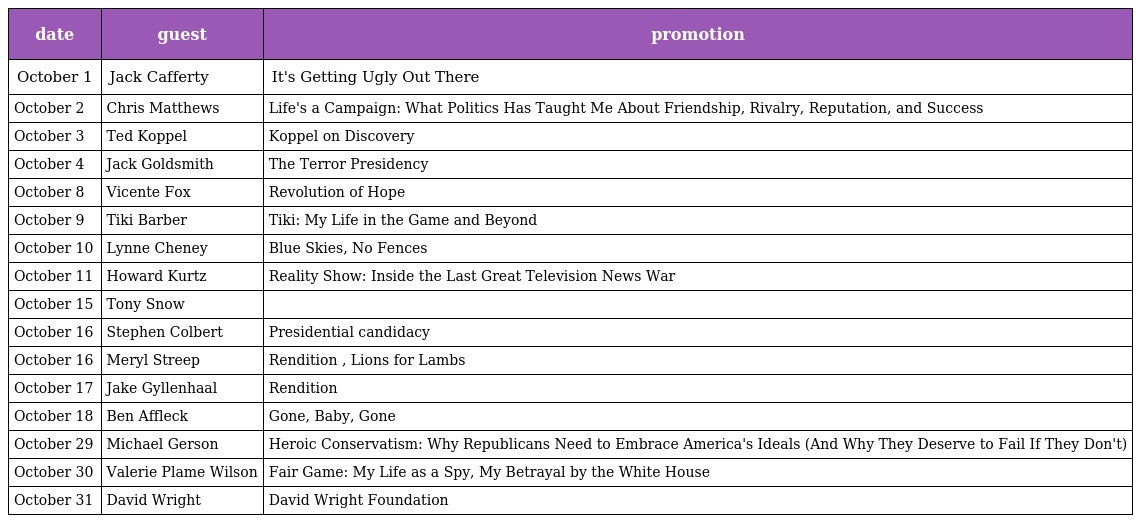
| date | guest | promotion |
 | --- | --- | --- |
 | October 1 | Jack Cafferty | It's Getting Ugly Out There |
 | October 2 | Chris Matthews | Life's a Campaign: What Politics Has Taught Me About Friendship, Rivalry, Reputation, and Success |
 | October 3 | Ted Koppel | Koppel on Discovery |
 | October 4 | Jack Goldsmith | The Terror Presidency |
 | October 8 | Vicente Fox | Revolution of Hope |
 | October 9 | Tiki Barber | Tiki: My Life in the Game and Beyond |
 | October 10 | Lynne Cheney | Blue Skies, No Fences |
 | October 11 | Howard Kurtz | Reality Show: Inside the Last Great Television News War |
 | October 15 | Tony Snow |  |
 | October 16 | Stephen Colbert | Presidential candidacy |
 | October 16 | Meryl Streep | Rendition , Lions for Lambs |
 | October 17 | Jake Gyllenhaal | Rendition |
 | October 18 | Ben Affleck | Gone, Baby, Gone |
 | October 29 | Michael Gerson | Heroic Conservatism: Why Republicans Need to Embrace America's Ideals (And Why They Deserve to Fail If They Don't) |
 | October 30 | Valerie Plame Wilson | Fair Game: My Life as a Spy, My Betrayal by the White House |
 | October 31 | David Wright | David Wright Foundation |